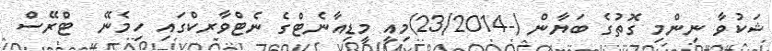
ޝަކުވާ ނިންމި ގޮތުގެ ބަޔާން (-23/2014)މިއީ މީޑިއާނެޓްގެ ނެޓްވާރކްގައި ހިމެނޭ  ޓްރޭސް